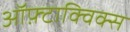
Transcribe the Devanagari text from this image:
ऑफ़्टाक्विक्स